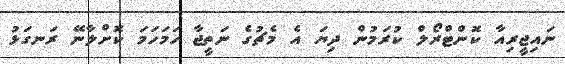
ނައިޖީރިއާ ކޮންޓްރޯލް ކުރަމުން ދިޔަ އެ މެޗުގެ ނަތީޖާ ހަމަހަމަ ކޮށްލާނޭ ރަނގަޅު